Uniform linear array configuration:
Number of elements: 16
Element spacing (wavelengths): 0.25
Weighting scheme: blackman
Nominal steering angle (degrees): -30
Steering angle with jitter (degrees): -31.973
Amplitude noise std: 0.05
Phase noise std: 0.05

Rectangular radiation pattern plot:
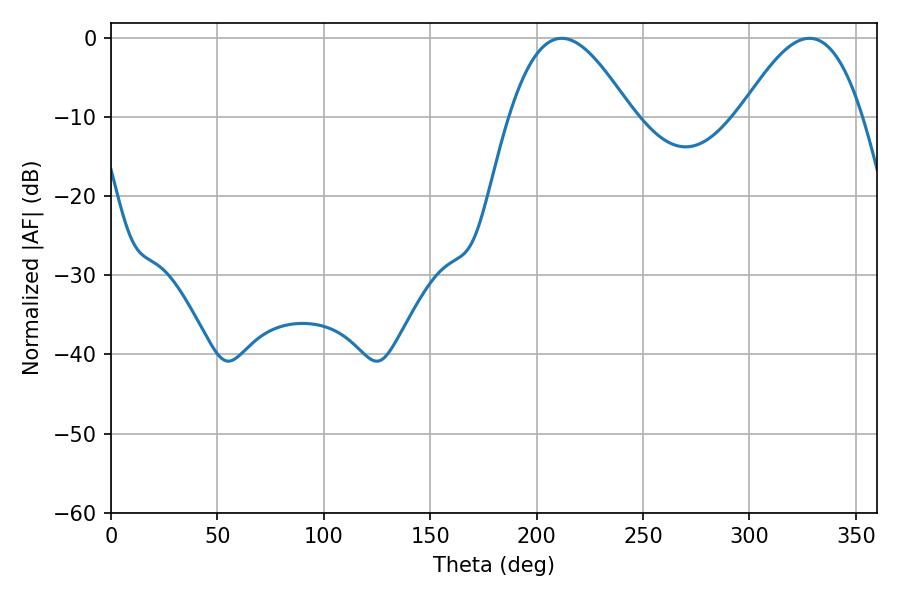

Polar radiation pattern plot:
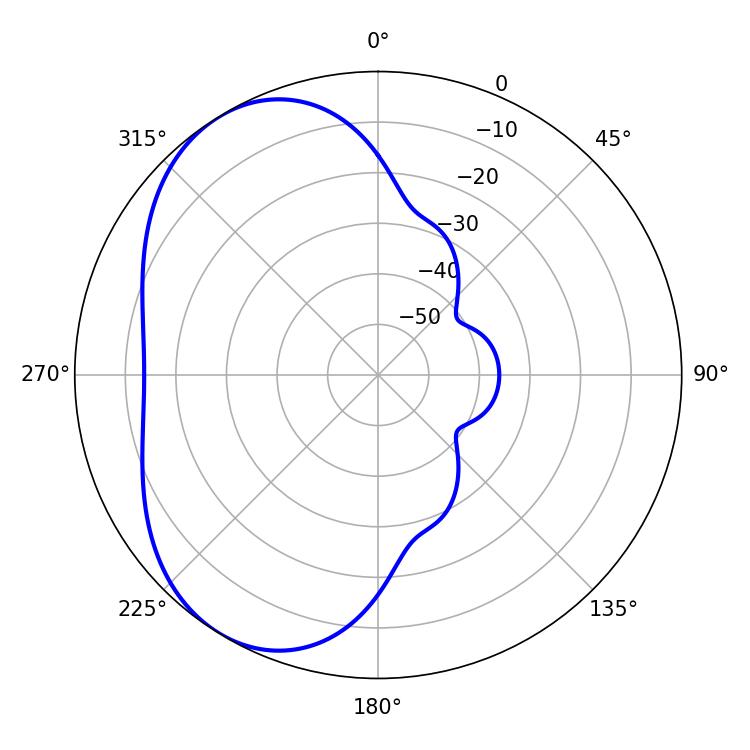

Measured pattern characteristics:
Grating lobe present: FALSE
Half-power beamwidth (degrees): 31.14
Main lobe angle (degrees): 211.86